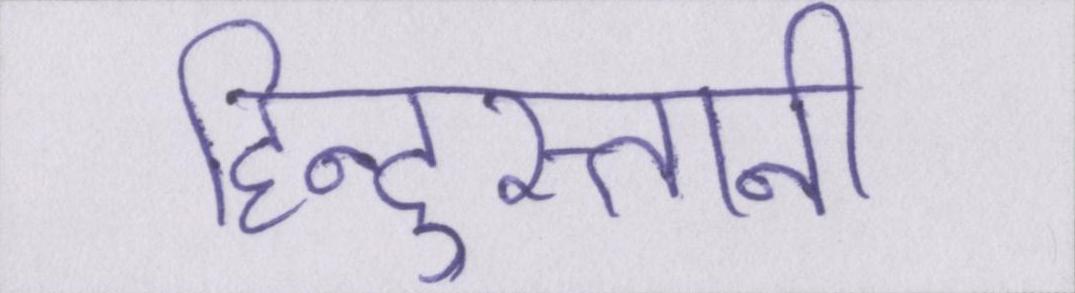
हिन्दुस्तानी